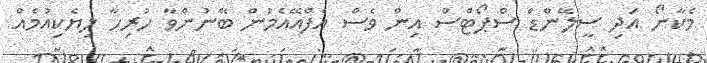
މެކާނޯ އަދި ސީލޭންޑް ސްޕޯޓްސް އިން ވެސް އެފްއޭއެމުން ބޭނުންވާ ހުރިހާ ލިޔެކިއުމެއް